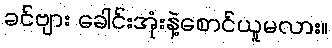
ခင်ဗျား ခေါင်းအုံးနဲ့စောင်ယူမလား။